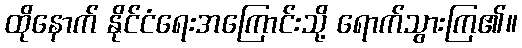
ထိုနောက် နိုင်ငံရေးအကြောင်းသို့ ရောက်သွားကြ၏။